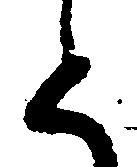
と